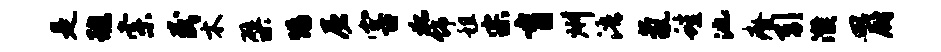
是班索民木檗惕屠害狐饰租宗盲州浯氤蛙池瘠引濮皿厨